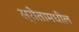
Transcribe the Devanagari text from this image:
स्रोतामधील